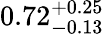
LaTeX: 0.72_{-0.13}^{+0.25}